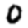
Digit: 0